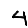
Digit: 4